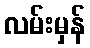
လမ်းမှန်